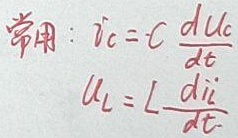
常用：
\[i_{c}=C\frac{du_{c}}{dt}\]
\[u_{L}=L\frac{di_{L}}{dt}\]